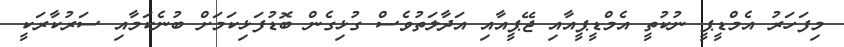
މިފަހަރު އެމްޑީޕީ ނުކުތީ އެމްޑީޕީއާއި ޖޭޕީއާއި އަދާލަތުވެސް ގުޅިގެން ބޮޑުފަޅިކަމަށް ބުނެކަމާއި ސަރުކާރަކީ